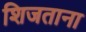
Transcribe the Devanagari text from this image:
शिजताना